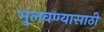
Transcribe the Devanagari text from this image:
भुलवण्यासाठी